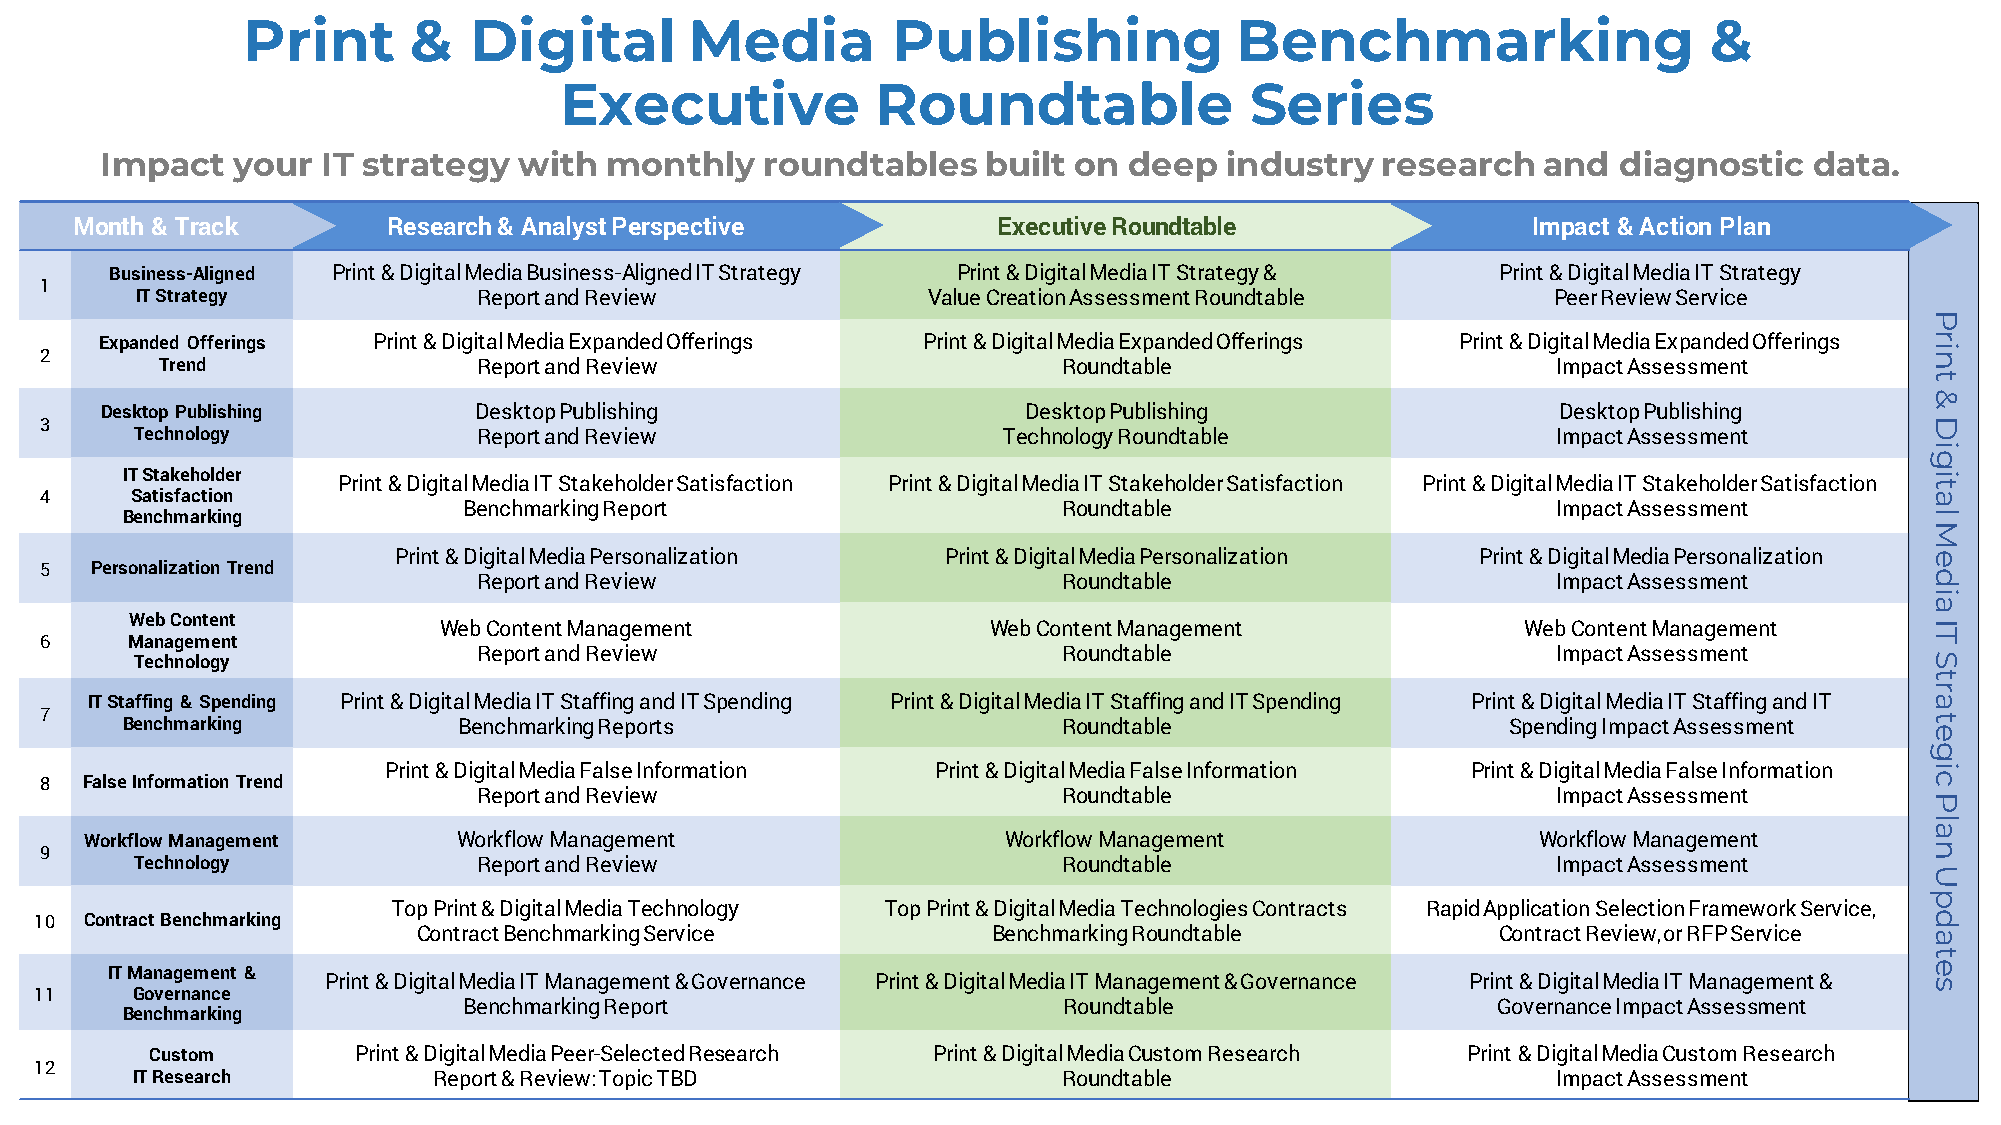
Print      &   Digital        Media        Publishing             Benchmarking                   &
 Executive            Roundtable               Series
 Impact  your  IT strategy  with  monthly    roundtables   built on  deep  industry  research   and  diagnostic   data.
 Month & Track        Research & Analyst Perspective          Executive Roundtable               Impact & Action Plan
 Business-Aligned Print & Digital Media Business-Aligned IT Strategy Print & Digital Media IT Strategy & Print & Digital Media IT Strategy
 1
 IT Strategy            Report and Review            Value Creation Assessment Roundtable      Peer Review Service
 P
 Expanded Offerings Print & Digital Media Expanded Offerings Print & Digital Media Expanded Offerings Print & Digital Media Expanded Offerings r
 2                                                                                                                            ni
 Trend                Report and Review                     Roundtable                       Impact Assessment
 t
 &
 Desktop Publishing      Desktop Publishing                   Desktop Publishing                 Desktop Publishing
 3                                                                                                                            D
 Technology             Report and Review                 Technology Roundtable                Impact Assessment
 i
 g
 IT Stakeholder Print & Digital Media IT Stakeholder Satisfaction Print & Digital Media IT Stakeholder Satisfaction Print & Digital Media IT Stakeholder Satisfaction ti
 4     Satisfaction                                                                                                           a
 Benchmarking Report                    Roundtable                       Impact Assessment
 Benchmarking                                                                                                            l
 M
 Print & Digital Media Personalization Print & Digital Media Personalization Print & Digital Media Personalization e
 5  Personalization Trend     Report and Review                     Roundtable                       Impact Assessment        d
 i
 a
 Web Content
 Web Content Management               Web Content Management             Web Content Management     I
 6    Management                                                                                                              T
 Technology             Report and Review                     Roundtable                       Impact Assessment        S
 t
 r
 IT Staffing & Spending Print & Digital Media IT Staffing and IT Spending Print & Digital Media IT Staffing and IT Spending Print & Digital Media IT Staffing and IT a
 7    Benchmarking          Benchmarking Reports                    Roundtable                    Spending Impact Assessment  et
 g
 Print & Digital Media False Information Print & Digital Media False Information Print & Digital Media False Information i
 8 False Information Trend                                                                                                    c
 Report and Review                     Roundtable                       Impact Assessment        P
 l
 a
 Workflow Management     Workflow Management                  Workflow Management                Workflow Management
 9                                                                                                                            n
 Technology             Report and Review                     Roundtable                       Impact Assessment
 U
 p
 Top Print & Digital Media Technology Top Print & Digital Media Technologies Contracts Rapid Application Selection Framework Service,
 10  Contract Benchmarking                                                                                                     d
 Contract Benchmarking Service         Benchmarking Roundtable          Contract Review, or RFP Service a
 t
 e
 IT Management &
 Print & Digital Media IT Management & Governance Print & Digital Media IT Management & Governance Print & Digital Media IT Management & s
 11     Governance
 Benchmarking Report                    Roundtable                   Governance Impact Assessment
 Benchmarking
 Custom       Print & Digital Media Peer-Selected Research Print & Digital Media Custom Research Print & Digital Media Custom Research
 12
 IT Research         Report & Review: Topic TBD               Roundtable                       Impact Assessment